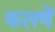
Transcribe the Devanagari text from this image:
कलणें